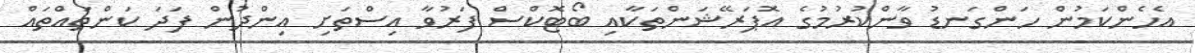
އެހެންކަމުން ހަންގަނޑު ވާންކުރުމުގެ އޮޕަރޭޝަންތަކާއި ބޯޓޮކްސް ފަރުވާ އިސްތަށި އިންދުން ފަދަ ކަންތައްތައް